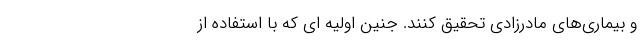
و بیماری‌های مادرزادی تحقیق کنند. جنین اولیه ای که با استفاده از